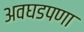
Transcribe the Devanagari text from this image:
अवघडपणा